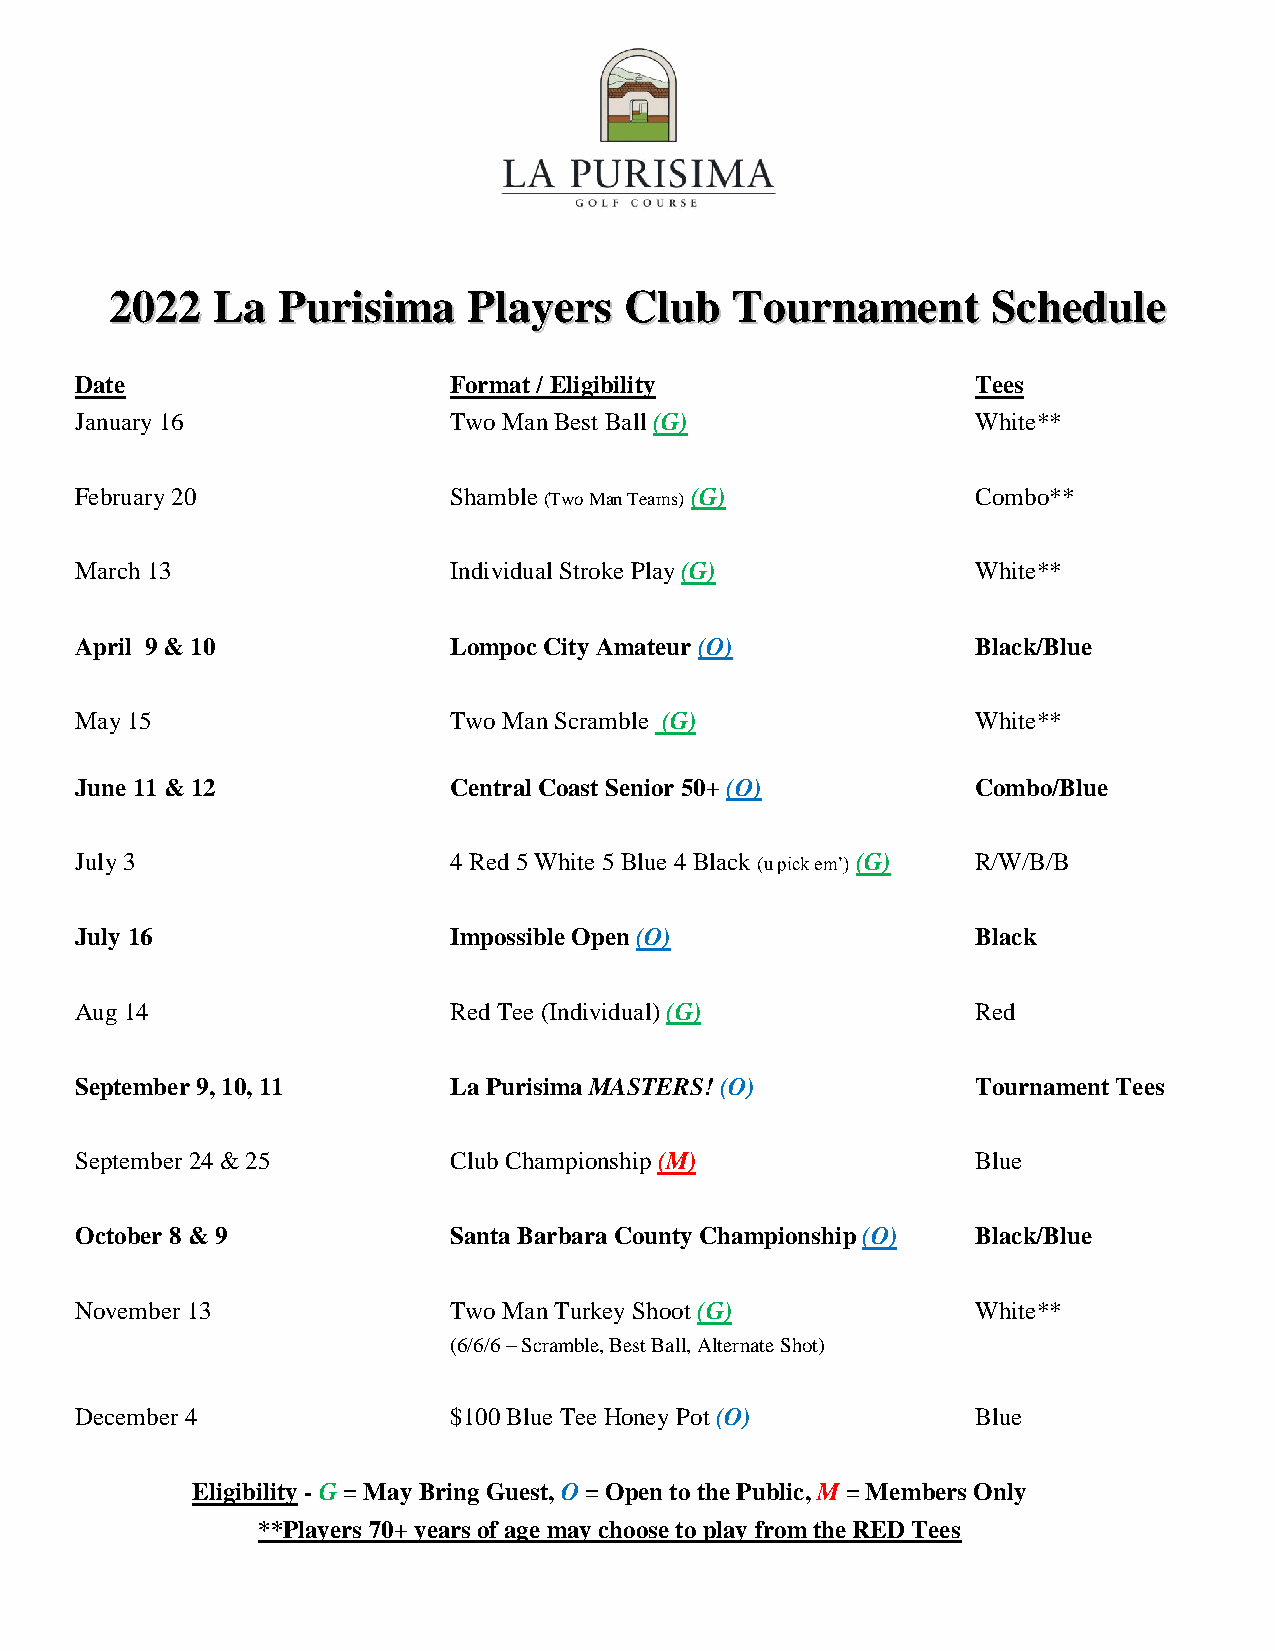
22002222 LLaa PPuurriissiimmaa PPllaayyeerrss CClluubb TToouurrnnaammeenntt SScchheedduullee
 Date                     Format / Eligibility               Tees
 January 16               Two Man Best Ball (G)              White**
 February 20              Shamble (Two Man Teams) (G)        Combo**
 March 13                 Individual Stroke Play (G)         White**
 April 9 & 10             Lompoc City Amateur (O)            Black/Blue
 May 15                   Two Man Scramble (G)               White**
 June 11 & 12             Central Coast Senior 50+ (O)       Combo/Blue
 July 3                   4 Red 5 White 5 Blue 4 Black (u pick em’) (G) R/W/B/B
 July 16                  Impossible Open (O)                Black
 Aug 14                   Red Tee (Individual) (G)           Red
 September 9, 10, 11      La Purisima MASTERS! (O)           Tournament Tees
 September 24 & 25        Club Championship (M)              Blue
 October 8 & 9            Santa Barbara County Championship (O) Black/Blue
 November 13              Two Man Turkey Shoot (G)           White**
 (6/6/6 – Scramble, Best Ball, Alternate Shot)
 December 4               $100 Blue Tee Honey Pot (O)        Blue
 Eligibility - G = May Bring Guest, O = Open to the Public, M = Members Only
 **Players 70+ years of age may choose to play from the RED Tees